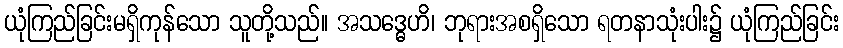
ယုံကြည်ခြင်းမရှိကုန်သော သူတို့သည်။ အသဒ္ဓေဟိ၊ ဘုရားအစရှိသော ရတနာသုံးပါး၌ ယုံကြည်ခြင်း